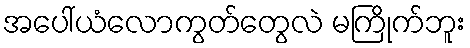
အပေါ်ယံလောကွတ်တွေလဲ မကြိုက်ဘူး